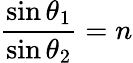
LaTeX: {\frac{\sin{\theta_{1}}}{\sin{\theta_{2}}}}=n